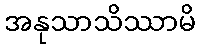
အနုသာသိဿာမိ